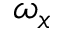
\omega _ { x }